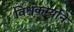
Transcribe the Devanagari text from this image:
विश्वकर्म्याने